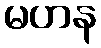
မဟန